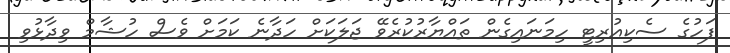
ފަހުގެ ސެކިއުރިޓީ ހިމަނައިގެން ތައްޔާރުކުރެވޭ ޖަލަކަށް ހަދާނެ ކަމަށް ވެސް ހުޝާމް ވިދާޅުވި